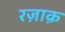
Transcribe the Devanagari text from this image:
रज़ाक़